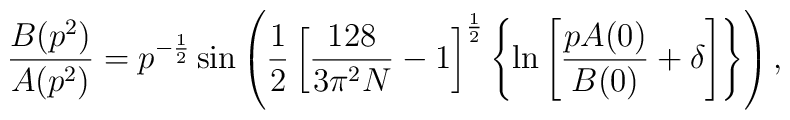
\frac{B(p^{2})}{A(p^{2})}=p^{-\frac{1}{2}}\sin\left(\frac{1}{2}\left[ \frac{128}{3\pi^{2}N}-1\right]^{\frac{1}{2}}\left\{\ln \left[\frac{pA(0)}{B(0)}+\delta\right]\right\}\right),